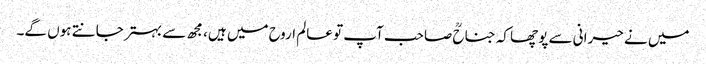
میں نے حیرانی سے پوچھا کہ جناحؒ صاحب آپ تو عالم اروح میں ہیں، مجھ سے بہتر جانتے ہوں گے۔